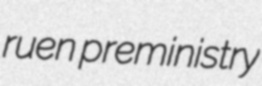
ruen preministry